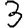
Digit: 3